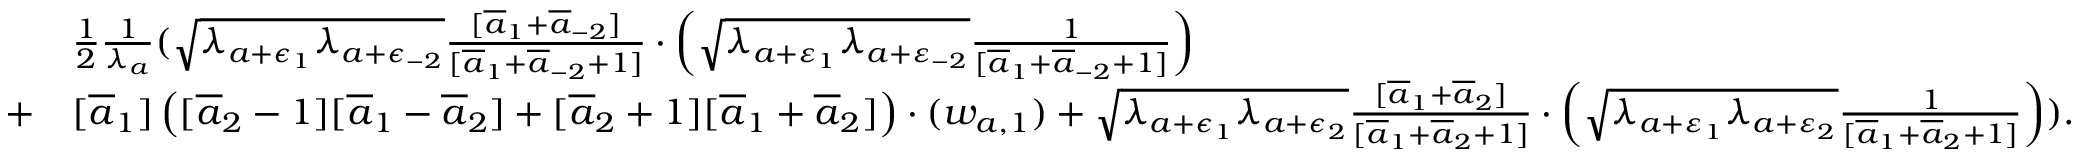
\begin{array} { r l } & { \frac { 1 } { 2 } \frac { 1 } { \lambda _ { a } } ( \sqrt { \lambda _ { a + \epsilon _ { 1 } } \lambda _ { a + \epsilon _ { - 2 } } } \frac { [ \overline { { a } } _ { 1 } + \overline { { a } } _ { - 2 } ] } { [ \overline { { a } } _ { 1 } + \overline { { a } } _ { - 2 } + 1 ] } \cdot \left( \sqrt { \lambda _ { a + \varepsilon _ { 1 } } \lambda _ { a + \varepsilon _ { - 2 } } } \frac { 1 } { [ \overline { { a } } _ { 1 } + \overline { { a } } _ { - 2 } + 1 ] } \right) } \\ { + } & { [ \overline { { a } } _ { 1 } ] \left( [ \overline { { a } } _ { 2 } - 1 ] [ \overline { { a } } _ { 1 } - \overline { { a } } _ { 2 } ] + [ \overline { { a } } _ { 2 } + 1 ] [ \overline { { a } } _ { 1 } + \overline { { a } } _ { 2 } ] \right) \cdot ( w _ { a , 1 } ) + \sqrt { \lambda _ { a + \epsilon _ { 1 } } \lambda _ { a + \epsilon _ { 2 } } } \frac { [ \overline { { a } } _ { 1 } + \overline { { a } } _ { 2 } ] } { [ \overline { { a } } _ { 1 } + \overline { { a } } _ { 2 } + 1 ] } \cdot \left( \sqrt { \lambda _ { a + \varepsilon _ { 1 } } \lambda _ { a + \varepsilon _ { 2 } } } \frac { 1 } { [ \overline { { a } } _ { 1 } + \overline { { a } } _ { 2 } + 1 ] } \right) ) . } \end{array}